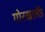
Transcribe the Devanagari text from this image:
गोरखालैंड